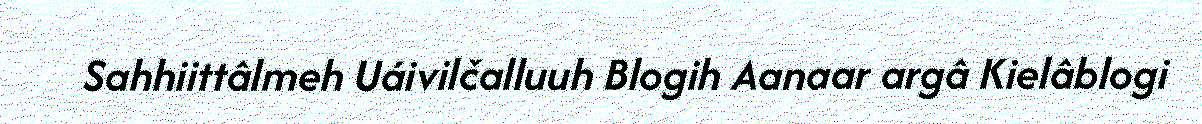
Sahhiittâlmeh Uáivilčalluuh Blogih Aanaar argâ Kielâblogi